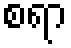
စရာ